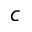
c